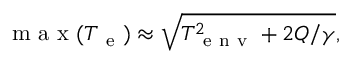
\mathrm { ~ m ~ a ~ x ~ } ( T _ { \mathrm { ~ e ~ } } ) \approx \sqrt { T _ { \mathrm { ~ e ~ n ~ v ~ } } ^ { 2 } + 2 Q / \gamma } ,